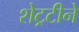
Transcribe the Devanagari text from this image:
शेट्रटीने